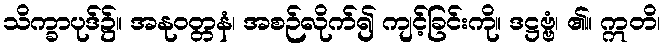
သိက္ခာပုဒ်၌။ အနုဝတ္တနံ၊ အစဉ်လိုက်၍ ကျင့်ခြင်းကို။ ဒဋ္ဌဗ္ဗံ၊ ၏။ ဣတိ၊